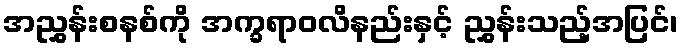
အညွှန်းစနစ်ကို အက္ခရာဝလိနည်းနှင့် ညွှန်းသည့်အပြင်၊